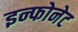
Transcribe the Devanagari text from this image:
इन्फोनेट